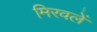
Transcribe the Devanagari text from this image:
मिरवलें